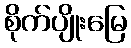
စိုက်ပျိုးမြေ